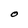
Character: O